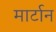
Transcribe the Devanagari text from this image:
मार्टान